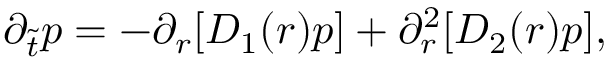
\partial _ { \tilde { t } } p = - \partial _ { r } [ D _ { 1 } ( r ) p ] + \partial _ { r } ^ { 2 } [ D _ { 2 } ( r ) p ] ,